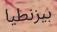
بيزنطيا